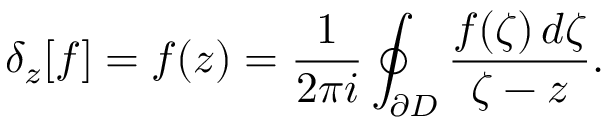
\delta _ { z } [ f ] = f ( z ) = { \frac { 1 } { 2 \pi i } } \oint _ { \partial D } { \frac { f ( \zeta ) \, d \zeta } { \zeta - z } } .